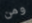
ومن